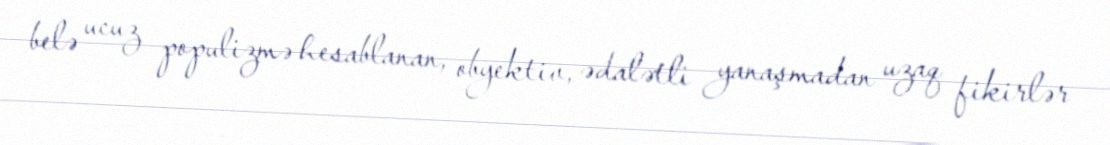
belə ucuz populizmə hesablanan, obyektiv, ədalətli yanaşmadan uzaq fikirlər